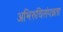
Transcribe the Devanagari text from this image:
अभिरुचिसंपन्नता